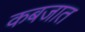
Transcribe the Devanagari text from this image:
कबजात